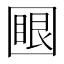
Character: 𡈟